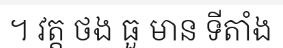
។ វត្ត ថង ធួ មាន ទីតាំង